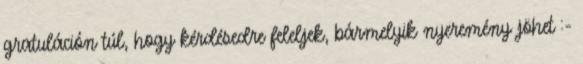
gratuláción túl, hogy kérdésedre feleljek, bármelyik nyeremény jöhet :-